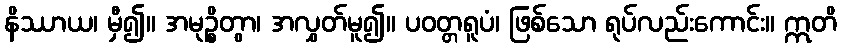
နိဿာယ၊ မှီ၍။ အမုဉ္စိတွာ၊ အလွှတ်မူ၍။ ပဝတ္တရူပံ၊ ဖြစ်သော ရုပ်လည်းကောင်း။ ဣတိ